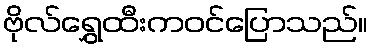
ဗိုလ်ရွှေထီးကဝင်ပြောသည်။